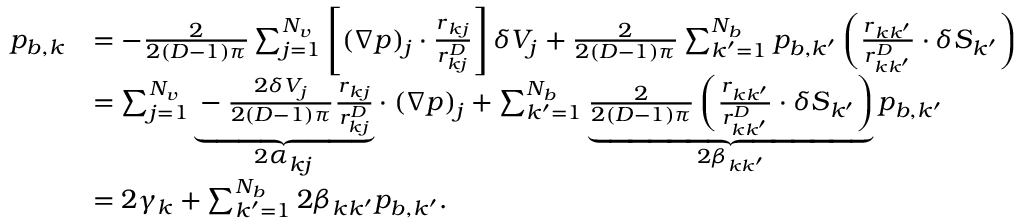
\begin{array} { r l } { p _ { b , k } } & { = - \frac 2 { 2 ( D - 1 ) \pi } \sum _ { j = 1 } ^ { N _ { v } } \left[ ( \boldsymbol { \nabla } p ) _ { j } \cdot \frac { \boldsymbol { r } _ { k j } } { r _ { k j } ^ { D } } \right] \delta V _ { j } + \frac 2 { 2 ( D - 1 ) \pi } \sum _ { k ^ { \prime } = 1 } ^ { N _ { b } } p _ { b , k ^ { \prime } } \left( \frac { \boldsymbol { r } _ { k k ^ { \prime } } } { r _ { k k ^ { \prime } } ^ { D } } \cdot \delta \boldsymbol { S } _ { k ^ { \prime } } \right) } \\ & { = \sum _ { j = 1 } ^ { N _ { v } } \underbrace { - \frac { 2 \delta V _ { j } } { 2 ( D - 1 ) \pi } \frac { \boldsymbol { r } _ { k j } } { r _ { k j } ^ { D } } } _ { 2 \displaystyle \boldsymbol { \alpha } _ { k j } } \cdot \; ( \boldsymbol { \nabla } p ) _ { j } + \sum _ { k ^ { \prime } = 1 } ^ { N _ { b } } \underbrace { \frac 2 { 2 ( D - 1 ) \pi } \left( \frac { \boldsymbol { r } _ { k k ^ { \prime } } } { r _ { k k ^ { \prime } } ^ { D } } \cdot \delta \boldsymbol { S } _ { k ^ { \prime } } \right) } _ { 2 \beta _ { k k ^ { \prime } } } p _ { b , k ^ { \prime } } } \\ & { = 2 \gamma _ { k } + \sum _ { k ^ { \prime } = 1 } ^ { N _ { b } } 2 \beta _ { k k ^ { \prime } } p _ { b , k ^ { \prime } } . } \end{array}